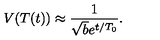
V ( T ( t ) ) \approx \frac { 1 } { \sqrt { b } e ^ { t / T _ { 0 } } } .